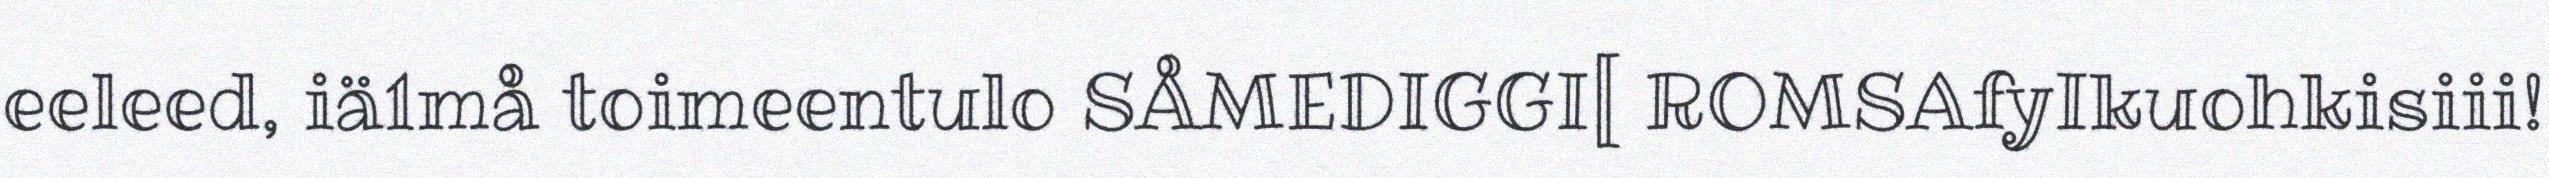
eeleed, iä1må toimeentulo SÅMEDIGGI[ ROMSAfyIkuohkisiii!